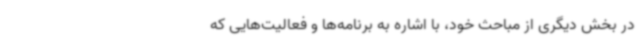
در بخش دیگری از مباحث خود، با اشاره به برنامه‌ها و فعالیت‌هایی که